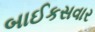
બાઈકસવાર